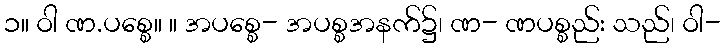
၁။ ဝါ ဏ.ပစ္စေ။ ။ အပစ္စေ- အပစ္စအနက်၌၊ ဏ- ဏပစ္စည်း သည်၊ ဝါ-